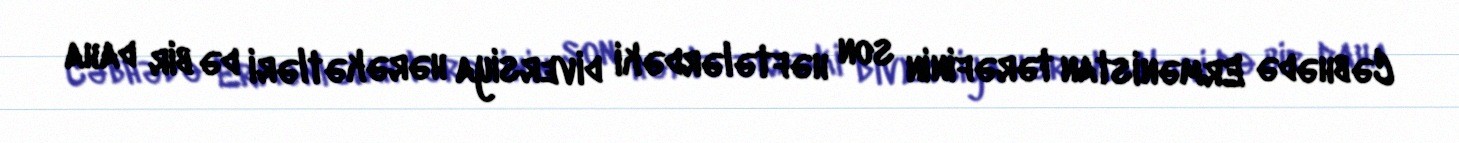
Cəbhədə Ermənistan tərəfinin son həftələrdəki diversiya hərəkətləri də bir daha